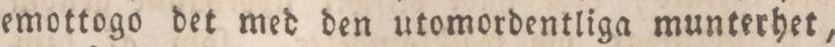
emottogo det med den utomordentliga munterhet,